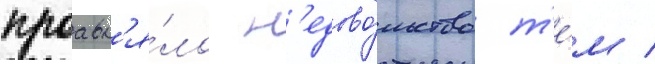
проавл'я́ло н'едово́льство т'е́м /